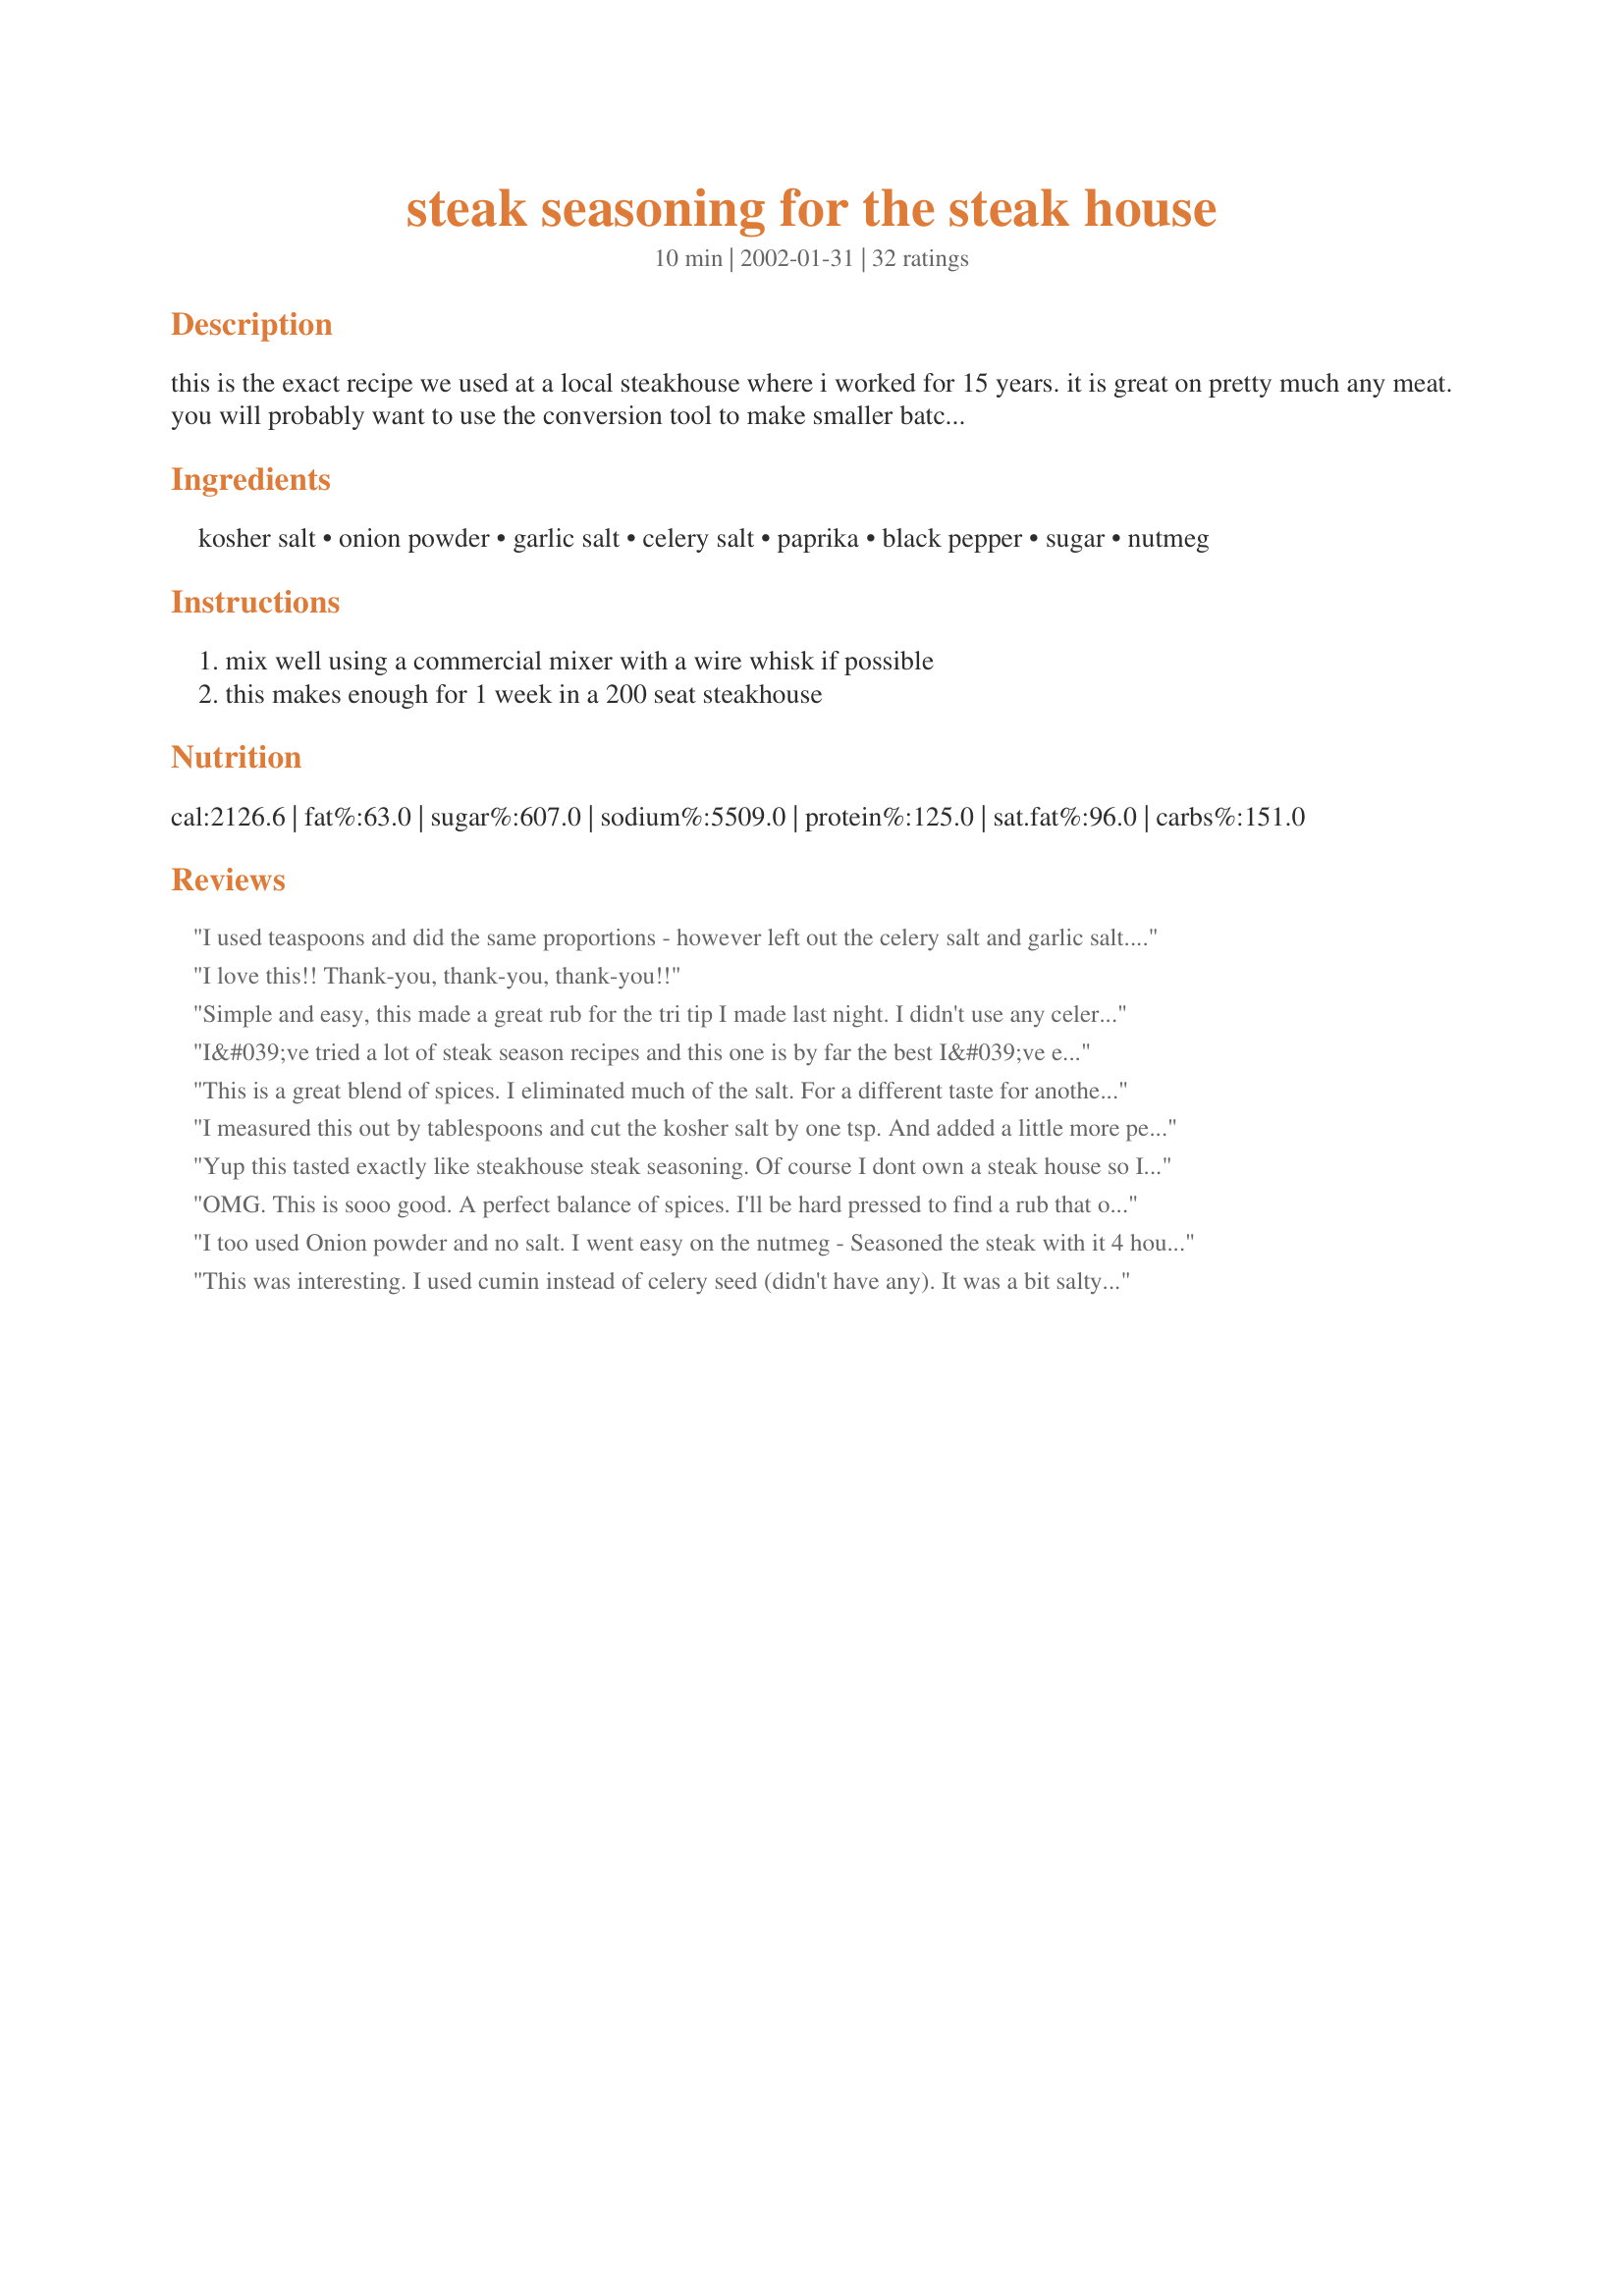
steak seasoning for the steak house
Preparation time: 10 minutes

this is the exact recipe we used at a local steakhouse where i worked for 15 years. it is great on pretty much any meat.

you will probably want to use the conversion tool to make smaller batches. however, it will hold for a long time so if you like it make a nice big batch.

Ingredients:
kosher salt, onion powder, garlic salt, celery salt, paprika, black pepper, sugar, nutmeg

Steps:
mix well using a commercial mixer with a wire whisk if possible, this makes enough for 1 week in a 200 seat steakhouse

Reviews:
I used teaspoons and did the same proportions - however left out the celery salt and garlic salt. I reduced the salt to 2 instead of 3. And this was SO SO salty (the flavor itself wasn't bad but tasted a lot like lawry's season salt). my husband had to scrape his off. having read some of the other comments, perhaps i should have let it marinade? however, since there are no instructions on the recipe, i have to give it a lower rating. not sure if we'll try it again.
I love this!! Thank-you, thank-you, thank-you!!
Simple and easy, this made a great rub for the tri tip I made last night. I didn't use any celery salt or nutmeg. 1 Tablespoon of everything else. The whole family enjoyed, thanks for sharing!
I&#039;ve tried a lot of steak season recipes and this one is by far the best I&#039;ve ever tried. I made up a pretty large batch by converting down all the measurements and putting it into a shaker. I season liberally and it is absolutely amazing on ribeyes and filets. You won&#039;t be disappointed.
This is a great blend of spices. I eliminated much of the salt. For a different taste for another steak dinner I added some chili powder and some powdered au jus mix. YUMMMY !
I measured this out by tablespoons and cut the kosher salt by one tsp. And added a little more pepper to it. Outstanding this is a keeper for sure. Enjoy
Yup this tasted exactly like steakhouse steak seasoning. Of course I dont own a steak house so I used 1 Tablespoons instead of each Lb and 1/2 Tablespoon for the nutmeg. Sprinkled this on Porterhouse steaks 2 hours before eating and broiled them.
OMG. This is sooo good. A perfect balance of spices. I'll be hard pressed to find a rub that out-does this. I want steak everyday now! I did go a little shy on the nutmeg - personal preference.
 I too used Onion powder and no salt. I went easy on the nutmeg - Seasoned the steak with it 4 hours before frying it - result a delicious steak! I have no lnowledge of The Steakhouse so can only say that I enjoyed this seasoning by whatever name it is called!
This was interesting. I used cumin instead of celery seed (didn't have any). It was a bit salty for my liking, maybe next time I'll try adding less salt and add some cayane too. Made steaks for company, they all really liked the flavor. I do plan to make again, thanks for posting.
Had a friend over for some skirt steak and this seasoning was amazing! It tasted like it was professionally made and it was only my first time.
I followed Tara's amounts to make a smaller batch, and this seasoning is excellent! We have used it a few times now and love it each time we do!
WOW! I decreased my amounts significantly; I used the same numbers, but subbed teaspoons instead of pounds to use on our pork chops. (instead of 3 lbs, I did 3 tsp, instead of 1 lb, I used 1 tsp) It came out FABULOUS.
This was good. Thank you for posting.
Very good, cut back on measurements like everyone else. Will use this again. Using teaspoons in stead of tablespoons, had almost exact right amount for 4 8 oz. ribeyes, fyi.
This was quite salty for my taste... even after cutting back the amount of kosher salt & switching celery seed & garlic powder for the salts . If I make it again, I will further minimize the salt content. The flavor blend - other than that - was nice.
I made this a long time ago and forgot to rate it. WE LOVE this seasoning and now if we make steak it goes on every time!!

One piece of advice to all others...please make sure if you make this that you let it sit for at least a day. I first made it and made steaks that night and it was wayyyy to salty, but then had it again a few days later and LOVED it. So just remember its important to let it sit and let the flavors meld together.
Didn't like the taste; I think the paprika was too strong.
What great flavour! I did as others and substitued "lb." with "Tbsp." I cut back on the salt to 1 Tbsp. and used garlic powder instead of garlic salt. I don't like food too salty and it was just right for me, although perhaps more salt might suit most people's tastes. For me, 3 Tbsp. would be too salty, I'm sure. But the other flavours went together so well. I rubbed it on beef strip loin steaks about an hour before grilling and they were quite delicious! Thank you Darin! (and if I ever open a 200 seat steak house, I'll know what steak rub recipe to use!Lol!)
This was a little salty, but the flavor was good. Next time I will cut back on the salt and put a little less of the rub on the steaks. I also cut back on the paprika for the kids.
This steak seasoning is really good. I did as Tara did as far a measurements are concerned. I felt that there was enough salt in the recipe already so I used onion powder and celery seeds instead of the onion salt and celery salt. I added some of this to the flour I breaded my pork steak in and it came out so good. The porksteak was mosit, tender and juicy. I also put some on some fish and it was good on that too. Thanks for the recipe Darin. This is a definite keeper. 

Not sure how thick your supose to apply it? instead of garlic salt and celery salt I just used finly minced garlic and celery. I don't think it needs that much salt, but I haven't tried it the other way so I could be wrong but it is just as good without all the salt. Very good and easy to make when you change 1 lb to 1 tbs :)
This is so good!! I scaled the recipe down for the home.................
6TBSP kosher salt
2TBSP onion powder
2TBSP garlic powder
2TBSP celery seeds
2TBSP paprika
2TBSP black pepper
2TBSP sugar
1TBSP nutmeg
Update: I have now been using this for about 3 years. It is the only seasoning I use any longer. This also goes well on any Fish, Meats or Poultry (Even shrimp!) I always use the powdered garlic and the celery seeds. Initially it sound like a lot of salt, but remember, when you use it, its not that much. I also put mine in a coffee grinder, to blend to a more uniform size. (I just give it a few short zips)
This is outstanding! The only seasoning I will ever use for grilled steaks from now on! I just watched a Food Network 'steak' Challenge show and ran out for ribeyes.. I used this seasoning (except.. lol.. I used garlic powder instead of the garlic salt, and added an additional 1 TBS sugar) and our steaks came out better than I have ever made before. Thanks for this posting this!
I have used this seasoning about 20 times. I have used it to do 2 steaks and also 25 steaks. I have found it works best to use 1" NY Strips and put it on 24 or more earlier than grilling. The kosher salt draws the blood from the center of the meat so don't need to cook them very long. Sometime I add worst sauce or something similar a couple of hours before cooking. Sometimes I am missing 1 ingredient but it still tastes good. Great Seasoning
Darin, this is very good! I ran out of my store bought mixed seasoning so came to zaar for help. I too used the 1T measure instead of the pound measurements,,,I'd never use that much :) I used the ingredients you listed, except I used garlic powder instead of garlic salt..need to cut back on salt. Everyone complimented the chef,,,which was dh on the great grilled t-bone steaks. Thanks for posting this!! Kitty
This is by far the best steak spice recipe I've found. It's good on everything!
Needed a good steak rub mix because DH has been begging me to recreate a steak he had in a restaurant a while back. I followed the last reviewer's guidelines for amounts with the following changes: I had to use garlic powder and onion salt (instead of the reverse) because that's what I had in the cupboard. I also didn't have any celery salt, so I used cumin instead (which was fine because there was already plenty of salt in the mix). I was pretty impressed, since I normally don't like meats that aren't marinaded, but this gave really good flavor. Next time I might add a bit of chipotle chili powder to it for some heat to complement the sugar and nutmeg.
I made this with one cup of normal salt ( Im not sure we have kosher salt in Australia) and then 1/3rd cup of everything else and then the commesurate amount of nutmeg.This made enough for about 5 meals
This rub is awesome!
A very good seasoning on steaks. I only made up enough for 2 steaks, so I was guessing at measurements. I used celery seeds in place of the celery salt cause I was afraid of having to much of a salty taste. When making the steaks I marinaded them in this seasoning and use beer and worcestershire sauce and chilled in ref. for several hours. Our steaks turned out GREAT! Thanks so much for sharing this seasoning.
I used this on our steaks for supper last night. I did as others suggested and used Tablespoon for lb. and 1/2 tablespoon for 1/2 lb. I only used 1 1/2 tablespoon of salt and will definitely be cutting that down next time maybe to 1/2 tablespoon. I also used garlic powder and celery seed since that is what I had on hand. Even with those changes, it was still very good on our steak. I will definitely be making this again. Thanks for sharing.
The kids and I really enjoyed our steaks using this seasoning! Delicious and juicy too!
